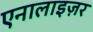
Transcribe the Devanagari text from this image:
एनालाइज़र